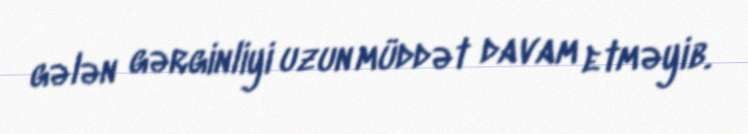
gələn gərginliyi uzun müddət davam etməyib.